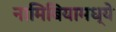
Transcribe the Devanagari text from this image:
नामिबियामध्ये